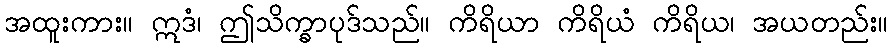
အထူးကား။ ဣဒံ၊ ဤသိက္ခာပုဒ်သည်။ ကိရိယာ ကိရိယံ ကိရိယ၊ အယတည်း။